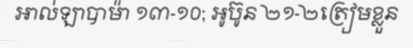
អាល់ឡាបាម៉ា ១៣-១០; អូប៊ូន ២១-២ត្រៀមខ្លួន